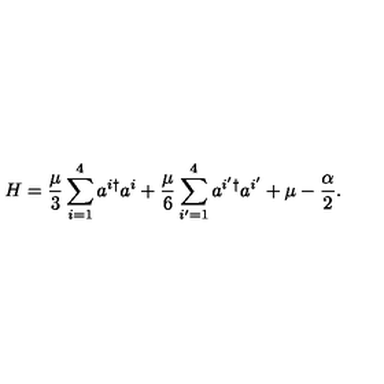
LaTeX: H = \frac { \mu } 3 \sum _ { i = 1 } ^ { 4 } a ^ { i \dagger } a ^ { i } + \frac { \mu } 6 \sum _ { i ^ { \prime } = 1 } ^ { 4 } a ^ { i ^ { \prime } \dagger } a ^ { i ^ { \prime } } + \mu - \frac { \alpha } { 2 } .